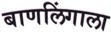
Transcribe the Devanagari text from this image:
बाणलिंगाला